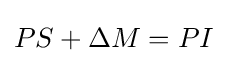
PS+\Delta M=PI